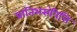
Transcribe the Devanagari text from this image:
प्रातिभसंवित्ति